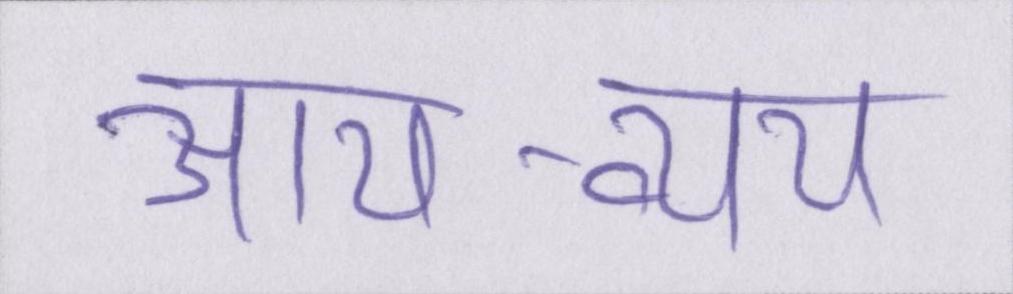
आय-व्यय